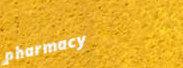
pharmacy